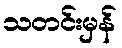
သတင်းမှန်